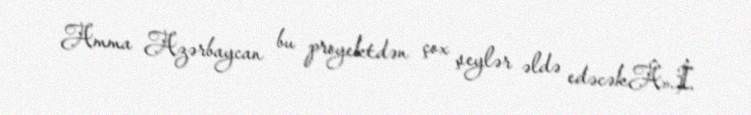
Amma Azərbaycan bu proyektdən çox şeylər əldə edəcəkÂ».İ.